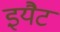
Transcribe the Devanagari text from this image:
इयैट